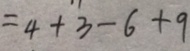
= 4 + 3 - 6 + 9